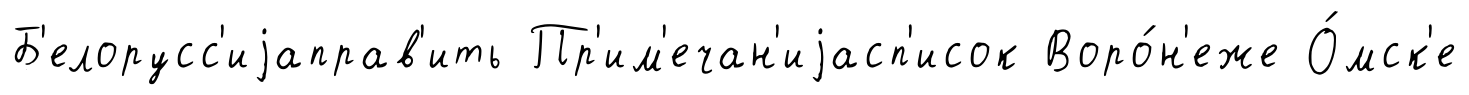
Б'елорусс'иjаправ'ить Пр'им'ечан'иjасп'исок Воро́н'еже О́мск'е